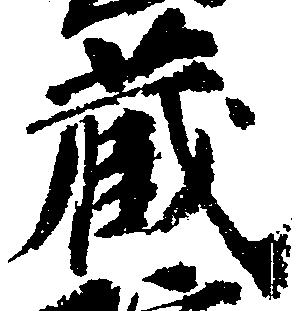
蔵